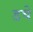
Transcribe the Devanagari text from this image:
डचे